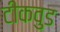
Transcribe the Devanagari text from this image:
टीकवुड